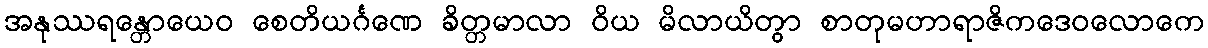
အနုဿရန္တောယေဝ စေတိယင်္ဂဏေ ခိတ္တမာလာ ဝိယ မိလာယိတွာ စာတုမဟာရာဇိကဒေဝလောကေ